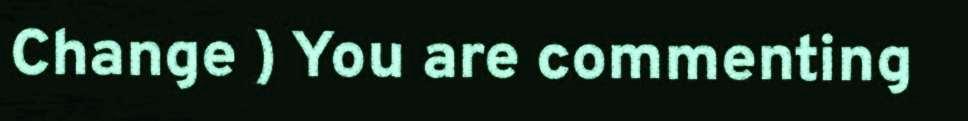
Change ) You are commenting